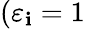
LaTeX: (\varepsilon_{\mathbf{i}}=1